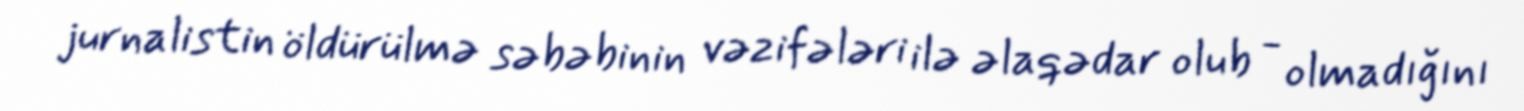
jurnalistin öldürülmə səbəbinin vəzifələri ilə əlaqədar olub - olmadığını